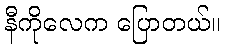
နီကိုလေက ပြောတယ်။